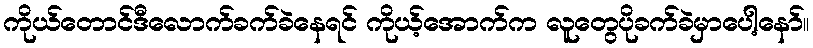
ကိုယ်တောင်ဒီလောက်ခက်ခဲနေရင် ကိုယ့်အောက်က လူတွေပိုခက်ခဲမှာပေါ့နော်။